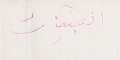
القبيات